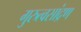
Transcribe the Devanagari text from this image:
गुरुत्वसांद्रण